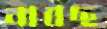
নাবছ